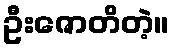
ဦးဇောတိတဲ့။